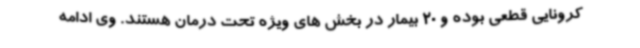
کرونایی قطعی بوده و 20 بیمار در بخش های ویژه تحت درمان هستند. وی ادامه